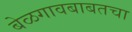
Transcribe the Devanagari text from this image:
बेळगावबाबतचा